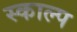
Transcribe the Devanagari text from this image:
स्काल्प